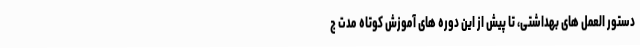
دستور العمل های بهداشتی، تا پیش از این دوره های آموزش کوتاه مدت ج